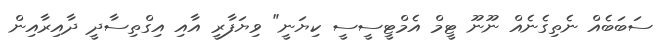
ސަބަބެއް ނެތިގެނެއް ނޫނޫ ޓީމް އެމްޓީސީސީ ކިޔަނީ" ވިޔަފާރީ އާއި އިގްތިސާދީ ދާއިރާއިން